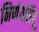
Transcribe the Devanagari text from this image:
निर्णयसिंधू